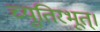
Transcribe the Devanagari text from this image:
च्युतिरभूत्।